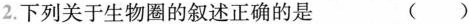
2. 下列关于生物圈的叙述正确的是 ( )